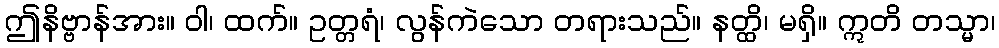
ဤနိဗ္ဗာန်အား။ ဝါ၊ ထက်။ ဥတ္တရံ၊ လွန်ကဲသော တရားသည်။ နတ္ထိ၊ မရှိ။ ဣတိ တသ္မာ၊